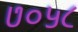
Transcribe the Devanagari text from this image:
७०५८